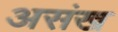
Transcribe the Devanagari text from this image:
असंख